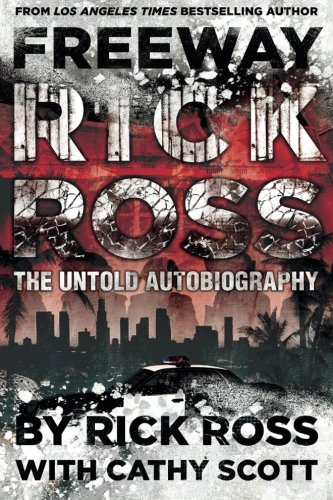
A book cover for Freeway Rick Ross: The Untold Autobiography; Rick Ross; Biographies & Memoirs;